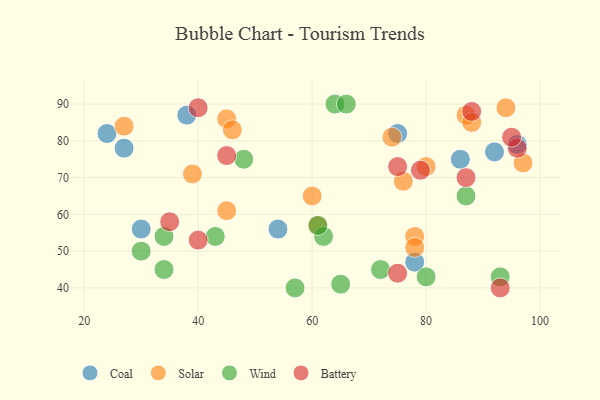
{"axis": {"x": "GDP", "y": "Life Expectancy"}, "legend": ["Battery", "Coal", "Solar", "Wind"], "data": [{"x": "86", "y": 75, "type": "Coal"}, {"x": "27", "y": 78, "type": "Coal"}, {"x": "38", "y": 87, "type": "Coal"}, {"x": "78", "y": 47, "type": "Coal"}, {"x": "96", "y": 79, "type": "Coal"}, {"x": "30", "y": 56, "type": "Coal"}, {"x": "24", "y": 82, "type": "Coal"}, {"x": "92", "y": 77, "type": "Coal"}, {"x": "75", "y": 82, "type": "Coal"}, {"x": "54", "y": 56, "type": "Coal"}, {"x": "45", "y": 61, "type": "Solar"}, {"x": "45", "y": 86, "type": "Solar"}, {"x": "76", "y": 69, "type": "Solar"}, {"x": "74", "y": 81, "type": "Solar"}, {"x": "78", "y": 54, "type": "Solar"}, {"x": "78", "y": 51, "type": "Solar"}, {"x": "27", "y": 84, "type": "Solar"}, {"x": "94", "y": 89, "type": "Solar"}, {"x": "80", "y": 73, "type": "Solar"}, {"x": "46", "y": 83, "type": "Solar"}, {"x": "97", "y": 74, "type": "Solar"}, {"x": "87", "y": 87, "type": "Solar"}, {"x": "39", "y": 71, "type": "Solar"}, {"x": "88", "y": 85, "type": "Solar"}, {"x": "60", "y": 65, "type": "Solar"}, {"x": "61", "y": 57, "type": "Solar"}, {"x": "30", "y": 50, "type": "Wind"}, {"x": "34", "y": 45, "type": "Wind"}, {"x": "80", "y": 43, "type": "Wind"}, {"x": "62", "y": 54, "type": "Wind"}, {"x": "57", "y": 40, "type": "Wind"}, {"x": "64", "y": 90, "type": "Wind"}, {"x": "65", "y": 41, "type": "Wind"}, {"x": "61", "y": 57, "type": "Wind"}, {"x": "34", "y": 54, "type": "Wind"}, {"x": "48", "y": 75, "type": "Wind"}, {"x": "87", "y": 65, "type": "Wind"}, {"x": "93", "y": 43, "type": "Wind"}, {"x": "66", "y": 90, "type": "Wind"}, {"x": "72", "y": 45, "type": "Wind"}, {"x": "43", "y": 54, "type": "Wind"}, {"x": "45", "y": 76, "type": "Battery"}, {"x": "40", "y": 53, "type": "Battery"}, {"x": "93", "y": 40, "type": "Battery"}, {"x": "88", "y": 88, "type": "Battery"}, {"x": "79", "y": 72, "type": "Battery"}, {"x": "87", "y": 70, "type": "Battery"}, {"x": "75", "y": 73, "type": "Battery"}, {"x": "96", "y": 78, "type": "Battery"}, {"x": "75", "y": 44, "type": "Battery"}, {"x": "95", "y": 81, "type": "Battery"}, {"x": "40", "y": 89, "type": "Battery"}, {"x": "35", "y": 58, "type": "Battery"}]}